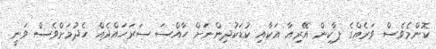
ކޮންމެވެސް ވަރެއްގެ ޕާކިން އޭރިއާ އަކާއި ކުޑަކުދިންނަށް ހާއްސަ ސަރަހައްދެއް ހެދުމަށްވެސް ވަނީ